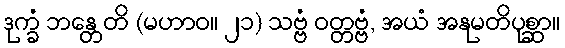
ဒုက္ခံ ဘန္တေတိ (မဟာဝ။ ၂၁) သဗ္ဗံ ဝတ္တဗ္ဗံ, အယံ အနုမတိပုစ္ဆာ။